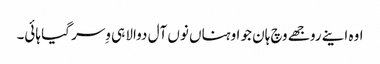
اوہ اینے روجھے وچ ہان جو اوہناں نوں آل دوالا ہی وِسر گیا ہائی۔